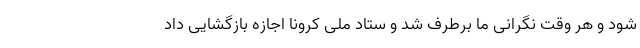
شود و هر وقت نگرانی ما برطرف شد و ستاد ملی کرونا اجازه بازگشایی داد